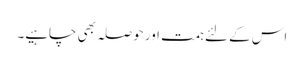
اس کے لئے ہمت اور حوصلہ بھی چاہیے۔